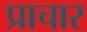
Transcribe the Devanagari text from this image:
प्राचार